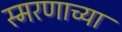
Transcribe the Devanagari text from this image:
स्मरणाच्या